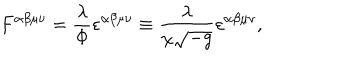
F ^ { \alpha \beta \mu \nu } = \frac { \lambda } { \Phi } \varepsilon ^ { \alpha \beta \mu \nu } \equiv \frac { \lambda } { \chi \sqrt { - g } } \varepsilon ^ { \alpha \beta \mu \nu } ,